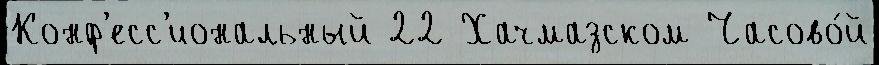
Конф'есс'иональный 22 Хачмазском Часово́й